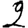
Digit: 2